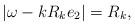
LaTeX: \begin{align*}|\omega-kR_k e_2|={R_k},\end{align*}